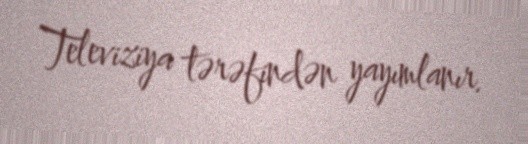
Televiziya tərəfindən yayımlanır.